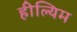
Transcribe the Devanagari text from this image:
हील्यिम